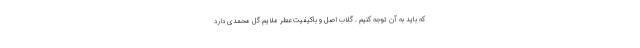
که باید به آن توجه کنیم . گلاب اصل و باکیفیت عطر ملایم گل محمدی دارد